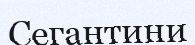
Сегантини